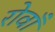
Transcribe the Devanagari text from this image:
रोवाँ